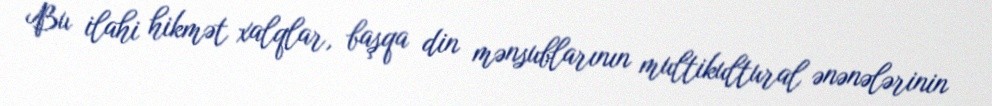
Bu ilahi hikmət xalqlar, başqa din mənsublarının multikultural ənənələrinin